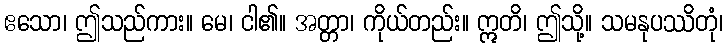
ဧသော၊ ဤသည်ကား။ မေ၊ ငါ၏။ အတ္တာ၊ ကိုယ်တည်း။ ဣတိ၊ ဤသို့။ သမနုပဿိတုံ၊